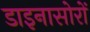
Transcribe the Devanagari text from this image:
डाइनासोरों